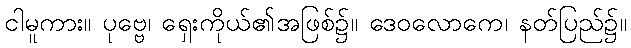
ငါမူကား။ ပုဗ္ဗေ၊ ရှေးကိုယ်၏အဖြစ်၌။ ဒေဝလောကေ၊ နတ်ပြည်၌။